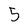
Character: 5